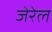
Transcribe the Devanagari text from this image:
जेरेल